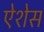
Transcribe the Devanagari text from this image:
ऐशेस